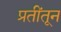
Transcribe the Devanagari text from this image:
प्रतींतून